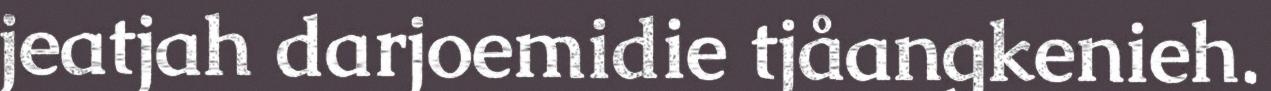
jeatjah darjoemidie tjåangkenieh.